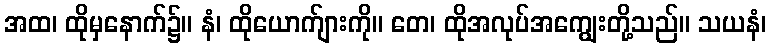
အထ၊ ထိုမှနောက်၌။ နံ၊ ထိုယောက်ျားကို။ တေ၊ ထိုအလုပ်အကျွေးတို့သည်။ သယနံ၊